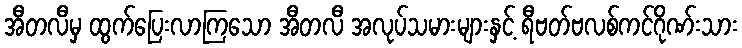
အီတလီမှ ထွက်ပြေးလာကြသော အီတလီ အလုပ်သမားများနှင့် ရီဗတ်ဗလစ်ကင်ဂိုဏ်းသား